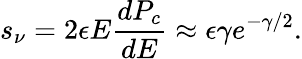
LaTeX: s_{\nu}=2\epsilon E\frac{dP_{c}}{dE}\approx\epsilon\gamma e^{-\gamma/2}.